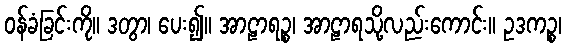
ဝန်ခံခြင်းကို။ ဒတွာ၊ ပေး၍။ အာဠာရဉ္စ၊ အာဠာရသို့လည်းကောင်း။ ဥဒကဉ္စ၊